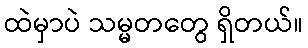
ထဲမှာပဲ သမ္မတတွေ ရှိတယ်။